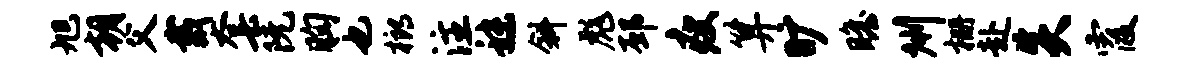
旭朝父戴套阮胸也榔注秣斜彪邳瘦算旷瞻州栅赴炎霞